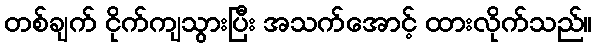
တစ်ချက် ငိုက်ကျသွားပြီး အသက်အောင့် ထားလိုက်သည်။